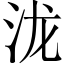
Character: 泷